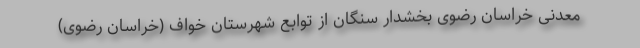
معدنی خراسان رضوی بخشدار سنگان از توابع شهرستان خواف (خراسان رضوی)